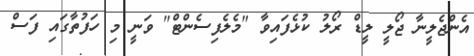
އެންޖެލީނާ ޖޯލީ ލީޑް ރޯލު ކުޅެފައިވާ "މެލެފިސެންޓް" ވަނީ މި ހަފުތާގައި ފަސް